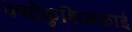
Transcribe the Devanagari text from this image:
क्योकुशिनकाई